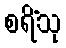
စရိံသု